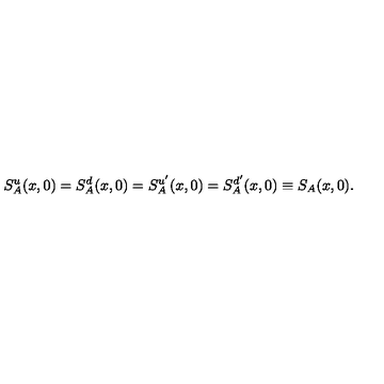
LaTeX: S _ { A } ^ { u } ( x , 0 ) = S _ { A } ^ { d } ( x , 0 ) = S _ { A } ^ { u ^ { \prime } } ( x , 0 ) = S _ { A } ^ { d ^ { \prime } } ( x , 0 ) \equiv S _ { A } ( x , 0 ) .